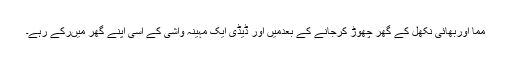
مما اوربھائی نکھل کے گھر چھوڑ کرجانے کے بعدمیں اور ڈیڈی ایک مہینہ واشی کے اُسی اپنے گھر میںرکے رہے۔